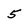
Character: 5